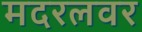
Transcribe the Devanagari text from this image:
मदरलवर